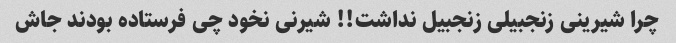
چرا شیرینی زنجبیلی زنجبیل نداشت!! شیرنی نخود چی فرستاده بودند جاش